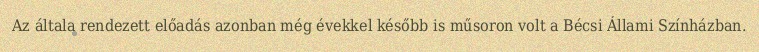
Az általa rendezett előadás azonban még évekkel később is műsoron volt a Bécsi Állami Színházban.